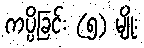
ကပ္ပိခြင်း (၅) မျိုး